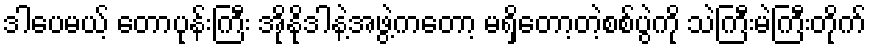
ဒါပေမယ့် တောပုန်းကြီး အိုနိုဒါနဲ့အဖွဲ့ကတော့ မရှိတော့တဲ့စစ်ပွဲကို သဲကြီးမဲကြီးတိုက်